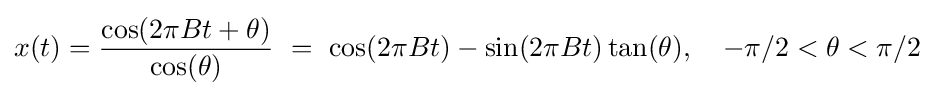
x(t)={\frac {\cos(2\pi Bt+\theta )}{\cos(\theta )}}\ =\ \cos(2\pi Bt)-\sin(2\pi Bt)\tan(\theta ),\quad -\pi /2<\theta <\pi /2